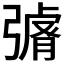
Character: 𭛄